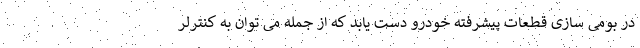
در بومی سازی قطعات پیشرفته خودرو دست یابد که از جمله می توان به کنترلر